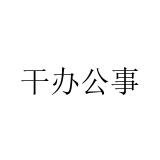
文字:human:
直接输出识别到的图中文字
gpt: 干办公事